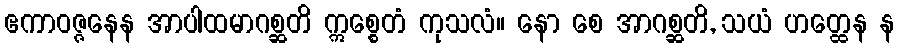
ဧကာဝဇ္ဇနေန အာပါထမာဂစ္ဆတိ ဣစ္စေတံ ကုသလံ။ နော စေ အာဂစ္ဆတိ, သယံ ဟတ္ထေန န